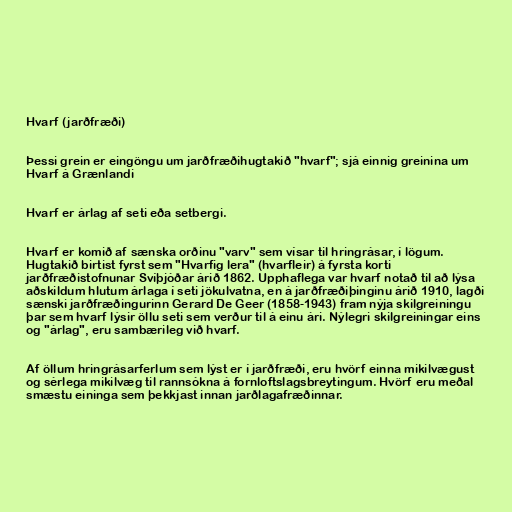
Hvarf (jarðfræði)

Þessi grein er eingöngu um jarðfræðihugtakið "hvarf"; sjá einnig greinina um
Hvarf á Grænlandi

Hvarf er árlag af seti eða setbergi.

Hvarf er komið af sænska orðinu "varv" sem vísar til hringrásar, í lögum.
Hugtakið birtist fyrst sem "Hvarfig lera" (hvarfleir) á fyrsta korti
jarðfræðistofnunar Svíþjóðar árið 1862. Upphaflega var hvarf notað til að lýsa
aðskildum hlutum árlaga í seti jökulvatna, en á jarðfræðiþinginu árið 1910, lagði
sænski jarðfræðingurinn Gerard De Geer (1858-1943) fram nýja skilgreiningu
þar sem hvarf lýsir öllu seti sem verður til á einu ári. Nýlegri skilgreiningar eins
og "árlag", eru sambærileg við hvarf.

Af öllum hringrásarferlum sem lýst er í jarðfræði, eru hvörf einna mikilvægust
og sérlega mikilvæg til rannsókna á fornloftslagsbreytingum. Hvörf eru meðal
smæstu eininga sem þekkjast innan jarðlagafræðinnar.